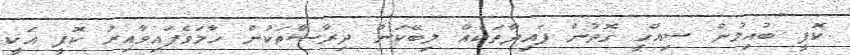
ކޮފީ ބުއިމުން ސިއްހީ ގޮތުން ފައިދާތަކެއް ލިބޭކަން ދިރާސާތަކުން ހާމަވެފައިވާއިރު ކޮފީ އަކީ